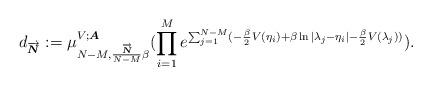
LaTeX: \begin{align*} d_{\overrightarrow{\boldsymbol{N}}}:=\mu^{V;\boldsymbol{A}}_{N-M, \frac{\overrightarrow{\boldsymbol{N}}}{N-M}\beta}(\prod_{i=1}^{M}e^{\sum_{j=1}^{N-M}(-\frac{\beta}{2}V(\eta_{i})+\beta \ln|\lambda_{j}-\eta_{i}|-\frac{\beta}{2}V(\lambda_{j}))}).\end{align*}